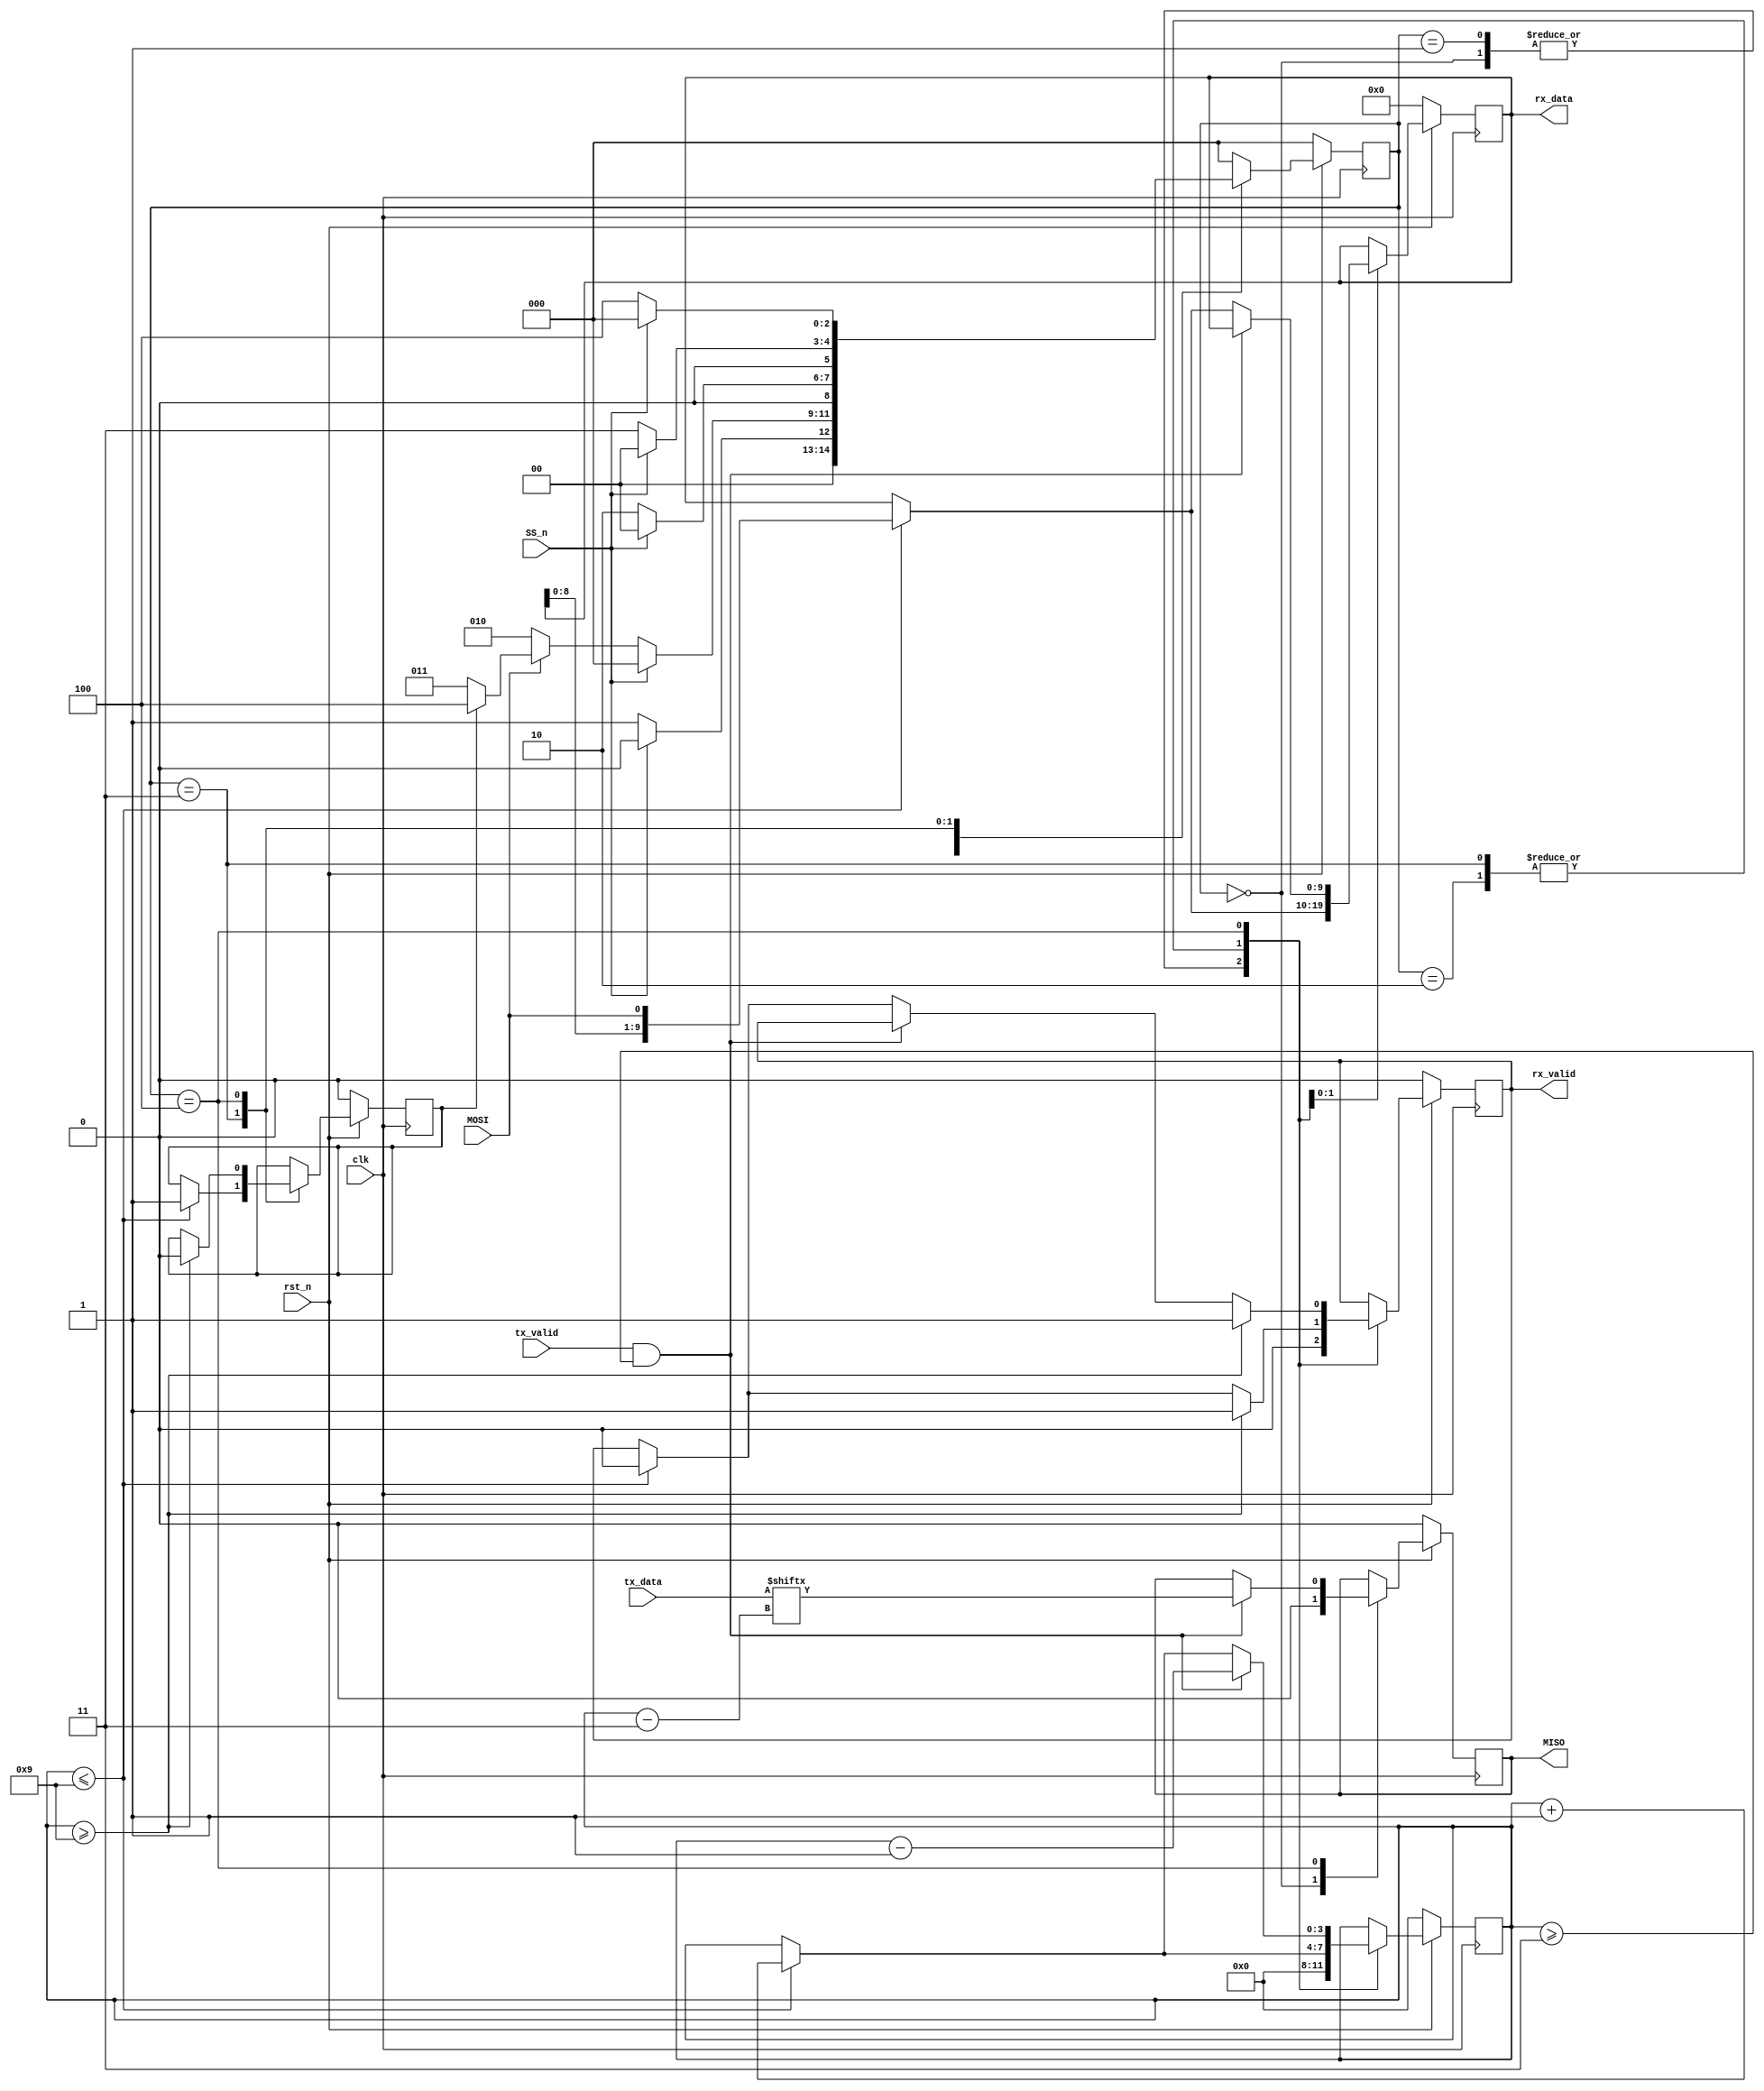
// Second Lower Module (SPI Slave Interface)

module SPI_Slave_Interface (MOSI,MISO,SS_n,clk,rst_n,rx_data,rx_valid,tx_data,tx_valid);

// Parameters State Declaration
parameter IDLE = 3'b000;
parameter CHK_CMD = 3'b001;
parameter WRITE = 3'b010;
parameter READ_ADD = 3'b011;
parameter READ_DATA = 3'b100;

// Xilinx Vivado's Attribute FSM Encoding Method (Gray, One_Hot, Sequential)

(* fsm_encoding = "gray" *)

// Input Declaration
input MOSI, SS_n, clk, rst_n, tx_valid;
input [7:0] tx_data;
// rst_n -> Active Low ASYNC (Make The RAM in Device Implementation as A Group of Flip-Flops)
// rst_n -> Active Low SYNC (Make The RAM in Device Implementation as A RAM BLOCK)
// So We Choose rst_n to be Active Low SYNC

// Output Declaration
output reg MISO, rx_valid;
output reg [9:0] rx_data;

reg [2:0] cs, ns; // cs -> Current State , ns -> Next State
reg[3:0] counter; // Counter to track Serial to Parallel conversion and Parallel to Serial
// To Check that the Read Address Comes First and Read Data Comes Second
reg rd_addr_recieved; // Signal to track if read adress is recieved. Initially no read address is received

// State Memory Logic
always @(posedge clk) begin
    if (~rst_n)
        cs <= IDLE;
    else
        cs <= ns;
end

// Next State Logic
always @(*) begin
    case (cs)
        IDLE : 
            begin
                if (SS_n)
                    ns = IDLE;
                else
                    ns = CHK_CMD;
            end
        CHK_CMD : 
            begin
                if (SS_n)
                    ns = IDLE;
                else
                if (~MOSI)
                    ns = WRITE;
                else
                if (~rd_addr_recieved)
                    ns = READ_ADD;
                else
                    ns = READ_DATA;
            end
        WRITE : 
            begin
                if (SS_n)
                    ns = IDLE;
                else
                    ns = WRITE;
            end
        READ_ADD : 
            begin
                if (SS_n)
                    ns = IDLE;
                else
                    ns = READ_ADD;
            end
        READ_DATA : 
            begin
                if (SS_n)
                    ns = IDLE;
                else
                    ns = READ_DATA;
            end
        default : ns = IDLE; // To Avoid Latches for the uncovered state encoding cases
    endcase
end

// Output Logic Convert MOSI From Serial to Parallel For Communication
// Output Logic Convert MISO From Parallel to Serial For Communication

always @(posedge clk) begin
    if (~rst_n) begin
        rx_data <= 0;
        rx_valid <= 0;
        rd_addr_recieved <= 0;
        MISO <= 0;
        counter <= 0;
    end
    else begin
        case (cs)
            IDLE :
                begin
                    counter <= 0;
                    rx_valid <= 0;
                    MISO <= 0;
                end
            CHK_CMD :
                begin
                    counter <= 0;
                    rx_valid <= 0;
                end
            WRITE :
                begin
                    if (counter <= 9) begin
                        rx_data <= {rx_data[8:0],MOSI};
                        rx_valid <= 0;
                        counter <= counter + 1;
                    end
                    if (counter >= 9) begin
                        rx_valid <= 1;
                    end
                end
            READ_ADD :
                begin
                    if (counter <= 9) begin
                        rx_data <= {rx_data[8:0],MOSI};
                        rx_valid <= 0;
                        rd_addr_recieved <= 1;
                        counter <= counter + 1;
                    end
                    if (counter >= 9)
                        rx_valid <= 1;
                end
            READ_DATA :
                begin
                    if(tx_valid && counter >= 3) begin
                        MISO <= tx_data[counter - 3];
                        counter <= counter - 1;
                    end
                    else 
                    if(counter <= 9) begin
                        rx_data <= {rx_data[8:0],MOSI}; // recieved bits are MSB TO LSB
                        rx_valid <= 0;
                        counter <= counter + 1;
                    end
                    // After the Conversion of last bit instantly Rasie rx_valid to High
                    if(counter >= 9) begin
                        rx_valid <= 1;
                        rd_addr_recieved <= 0;
                    end
                end
        endcase
    end
end
endmodule

// When The SPI_Wrapper Tell SPI_Slave_Interface To Begin Communication -> SS_n = 0
// First Detect First Bit From MOSI "din[9]" = 0 To Implement Write Commands or "din[9]" = 1 To Implement Read Commands
// Then SPI_Slave_Interface Expects to receive 10 Bits On 10 CLK Cycles
// First 2 Cycles we Recieve "00" or "01" or "10" or "11" & then Write Address or Write Data or Read Address or Read Data Respectively Will be Sent on 8 More CLK Cycles
// To Convert Serial to Parallel and Save it in rx_data
// Then We Will Make rx_valid -> High To Make The RAM Checks on din[9:8] and Find That it Hold "00" or "01" or "10" or "11"
// Then RAM Save the din[7:0] as A Write Address or Write Data or Read Address or Read Data Respectively in The address Internal Signals or Data Internal Signal
// SPI Slave FSM Transitions in Write Address & Write Data & Read Address & Read Data Commands